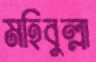
মহিবুল্লা